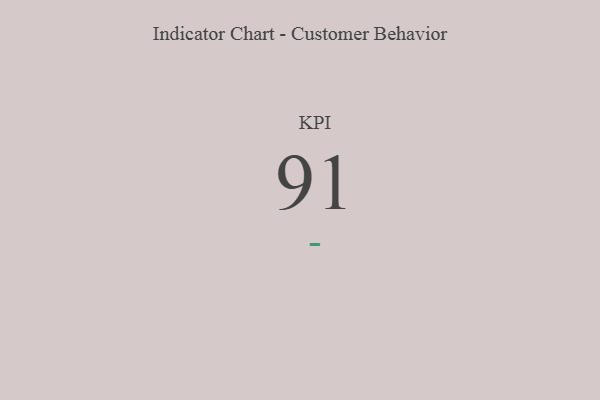
{"axis": {"x": "KPI", "y": "Value"}, "legend": [""], "data": [{"x": "KPI", "y": 91, "type": ""}]}